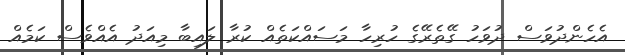
އެހެންދުވަސް ދުވަހު ގޭތެރޭގެ ހުރިހާ މަސައްކަތެއް ކުރާ ލައިބާ މިއަދު އެއްވެސް ކަމެއް